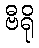
ဗီရို